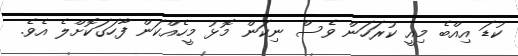
ކުޑަ އިއްބެ މިއީ ކުރަހަން ވެސް ނިކަން މޮޅު މީހެއްކަން ފާހަގަކޮށްލެ އެވެ.